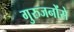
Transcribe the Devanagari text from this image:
गुरुजनोंसे